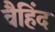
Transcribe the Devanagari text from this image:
वैहिंद